Annual vaccination report of Bihar and Orissa - 1911-1928
Year: 1911
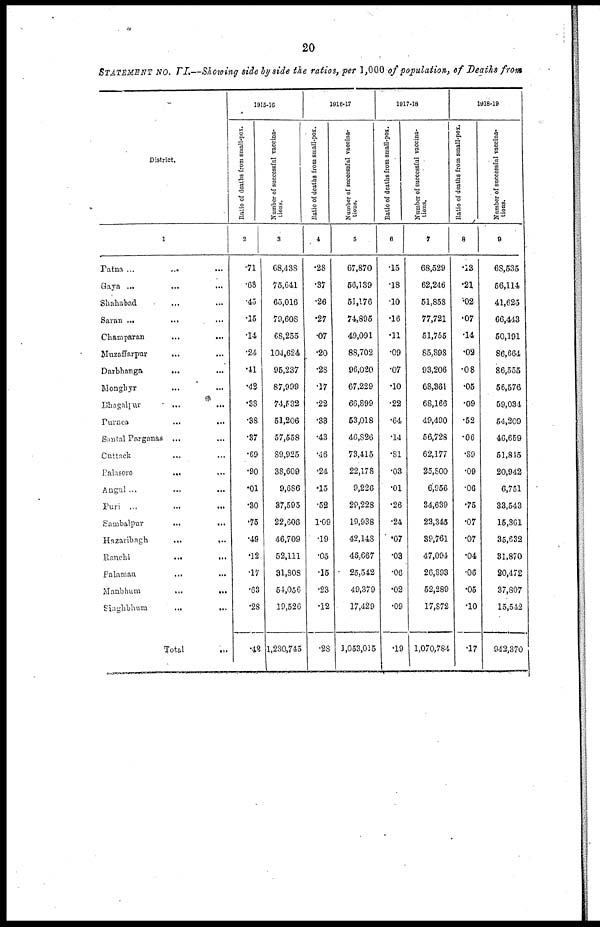
20
STATEMENT NO. VI.—Showing side by side the ratios, per 1,000 of population, of Deaths from
District..
1
Patna ...
...
...
Gaya ... ... ...
Shahabad ... ...
Saran ...
... ...
Champaran ... ...
Muzaffarpur ... ...
Darbhanga
... ...
Monghyr ... ...
Bhagalpur ... ...
Purnea
...
...
Santal Parganas ...
Cuttack ... ...
Balasore
... ...
Angul ... ...
Puri ...
...
...
Sambalpur
...
...
Hazaribagh
...
...
Ranchi
...
...
Palamau
...
...
Manbhum
...
...
Singhbhum
...
...
Total ...
1915-16
Ratio of deaths from small-pox.
2
.71
.68
.45
.15
.14
.24
.41
.42
.38
.38
.37
.69
.90
.01
.30
.75
.49
.12
.17
.63
.28
.42
Number of successful vaccina-
tions.
3
68,438
75,641
65,016
79,608
68,255
104,624
95,237
87,999
74,532
51,206
57,558
89,925
38,609
9,686
37,595
22,606
46,709
52,111
31,808
54,056
19,526
1,280,745
1916-17
Ratio of deaths from small-pox.
4
.28
.37
.26
.27
.07
.20
.28
.17
.22
.33
.43
.46
.24
.15
.52
1.09
.19
.05
.15
.23
.12
.28
Number of successful vaccina¬
tions.
5
67,870
56,139
51,176
74,895
49,091
88,702
96,020
67,229
66,899
53,018
46,826
73,415
22,178
9,226
29,228
19,938
42,148
46,667
25,542
49,379
17,429
1,053,015
1917-18
Ratio of deaths from small-pox.
6
.15
.18
.10
.16
.11
.09
.07
.10
.22
.64
.14
.81
.03
.01
.26
.24
.07
.03
.06
.02
.09
.19
Number of successful vaccina-
tions.
7
68,529
62,246
51,858
77,721
51,755
85,898
93,206
68,361
68,166
49,490
56,728
62,177
25,800
6,956
34,639
23,345
89,761
47,094
26,893
52,289
17,872
1,070,784
1918-19
Ratio of deaths from small-pox.
8
.13
.21
.02
.07
.14
.02
.08
.05
.09
.52
.06
.89
.09
.06
.75
.07
.07
.04
.06
.05
.10
.17
Number of successful vaccina-
tions.
9
68,535
56,114
41,625
66,443
50,191
86,664
86,555
56,576
59,034
54,209
46,659
51,845
20,942
6,751
33,543
15,361
35,632
31,870
20,478
37,807
15,542
942,370